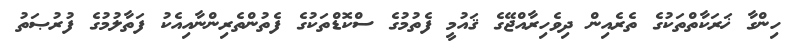
ހިންގާ ޚަރަކާތްތަކުގެ ތެރެއިން ދިވެހިރާއްޖޭގެ ޤައުމީ ފެތުމުގެ ސްކޮޑްތަކުގެ ފެތުންތެރިންނާއިއެކު ފަތާލުމުގެ ފުރުޞަތު